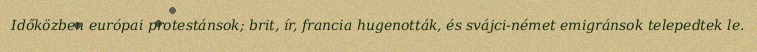
Időközben európai protestánsok; brit, ír, francia hugenották, és svájci-német emigránsok telepedtek le.